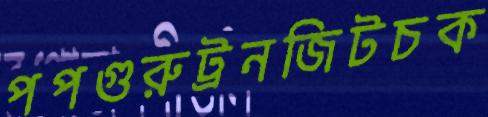
পপগুরুট্রনজিটচক